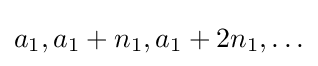
a_{1},a_{1}+n_{1},a_{1}+2n_{1},\ldots